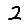
Digit: 2